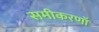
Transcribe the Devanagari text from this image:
समीकरणॉ